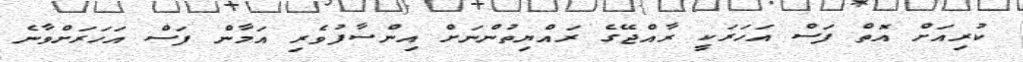
ކުރިއަށް އޮތް ފަސް އަހަރަކީ ރާއްޖޭގެ ރައްޔިތުންނަށް އިންސާފުވެރި އަމާން ފަސް އަހަރަށްވާނެ